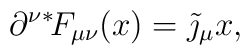
\partial^\nu {}^*\!F_{\mu\nu}(x) = \tilde{\jmath}_\mu{x},